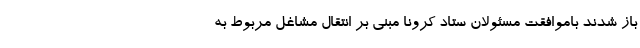
باز شدند باموافقت مسئولان ستاد کرونا مبنی بر انتقال مشاغل مربوط به